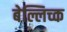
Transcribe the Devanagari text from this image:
बेल्लिच्क